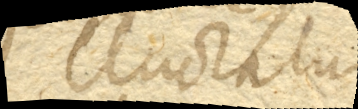
eluctatur.